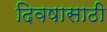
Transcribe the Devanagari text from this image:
दिवषासाठी